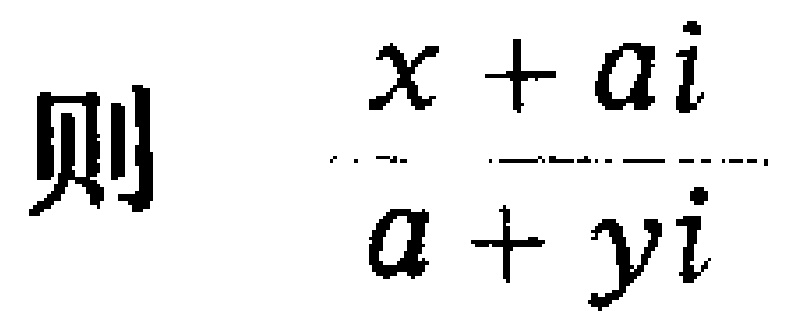
则 $\frac{x + ai}{a + yi}$